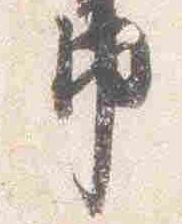
巾